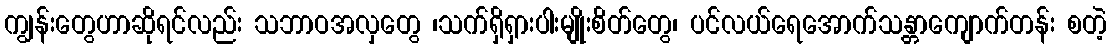
ကျွန်းတွေဟာဆိုရင်လည်း သဘာဝအလှတွေ ၊သက်ရှိရှားပါးမျိုးစိတ်တွေ၊ ပင်လယ်ရေအောက်သန္တာကျောက်တန်း စတဲ့